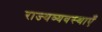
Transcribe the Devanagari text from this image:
राज्यव्यवस्थाएँ